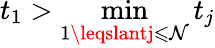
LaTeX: t_{1}>\operatorname*{min}_{1\leqslantj\leqslant\mathcal{N}}t_{j}